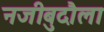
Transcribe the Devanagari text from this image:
नजीबुदौला